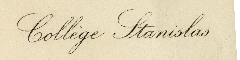
Collège Stanislas